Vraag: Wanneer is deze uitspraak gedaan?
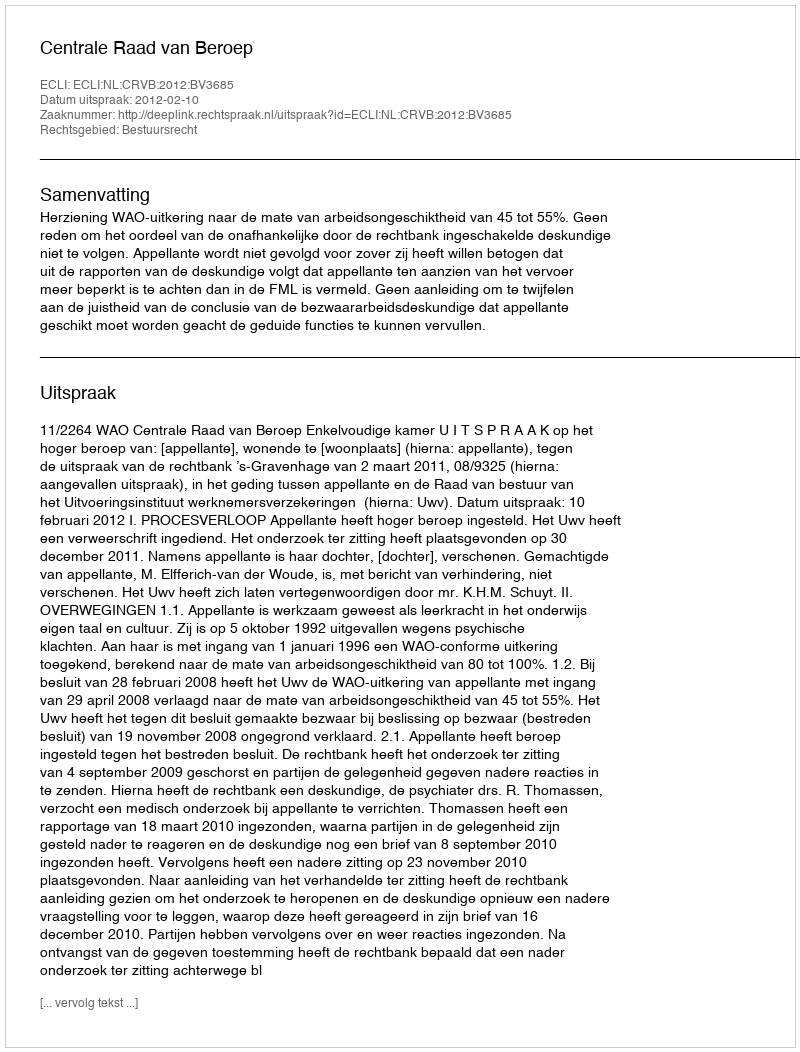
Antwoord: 2012-02-10